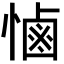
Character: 𢟧